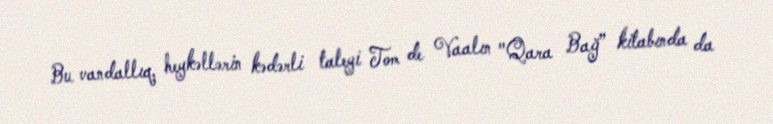
Bu vandallıq, heykəllərin kədərli taleyi Tom de Vaalın "Qara Bağ” kitabında da